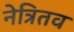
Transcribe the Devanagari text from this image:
नेत्रितव